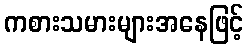
ကစားသမားများအနေဖြင့်